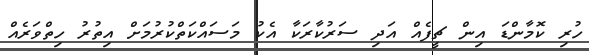
ހުރި ކޮމާންޑަ އިން ޗީފެއް އަދި ސަރުކާރަކާ އެކު މަސައްކަތްކުރުމަށް އިތުރު ހިތްވަރެއް